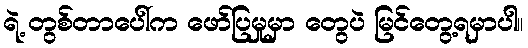
ရဲ့ တွစ်တာပေါ်က ဖော်ပြမှုမှာ တွေပဲ မြင်တွေ့ရမှာပါ။